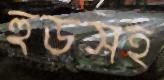
হুডসহ